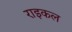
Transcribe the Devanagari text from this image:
राइकल